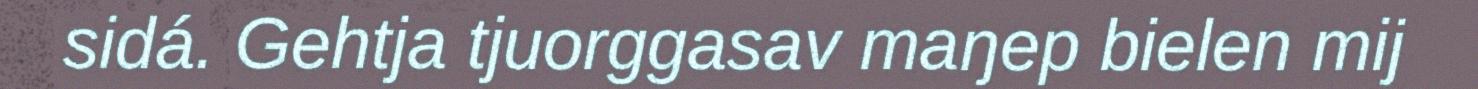
sidá. Gehtja tjuorggasav maŋep bielen mij